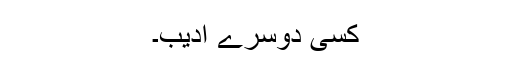
کسی دوسرے ادیب۔